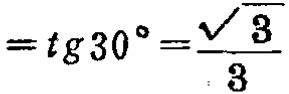
$=\operatorname{tg}30^{\circ}=\frac{\sqrt{3}}{3}$